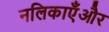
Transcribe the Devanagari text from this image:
नलिकाएँऔर